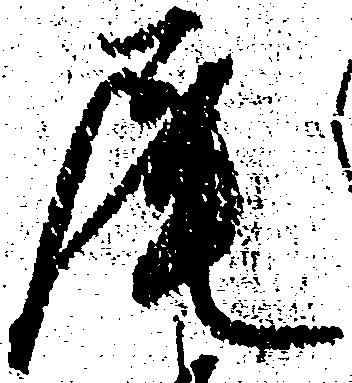
尾